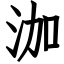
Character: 泇